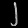
Digit: ၂